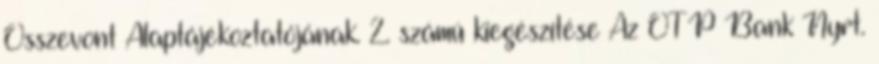
Összevont Alaptájékoztatójának. 2. számú kiegészítése Az OTP Bank Nyrt.